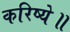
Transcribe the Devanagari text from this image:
करिष्ये॥